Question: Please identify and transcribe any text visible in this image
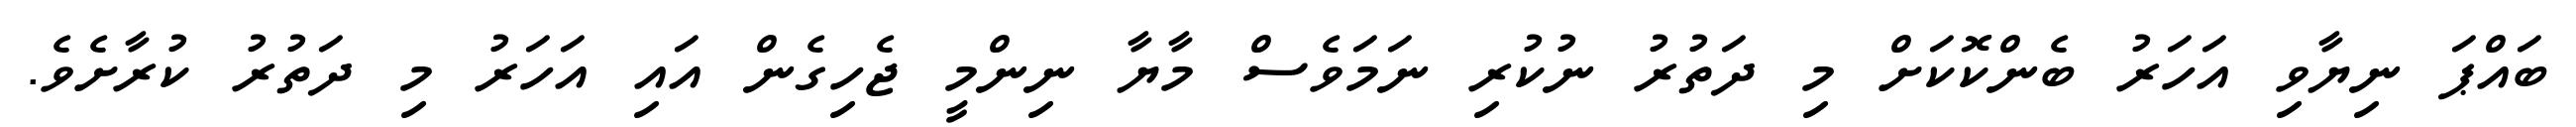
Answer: ބައްޕަ ނިޔާވި އަހަރު ބެންކޮކަށް މި ދަތުރު ނުކުރި ނަމަވެސް މާޔާ ނިންމީ ޖެހިގެން އައި އަހަރު މި ދަތުރު ކުރާށެވެ.